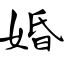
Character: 婚